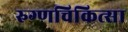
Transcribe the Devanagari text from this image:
रुग्णचिकित्सा